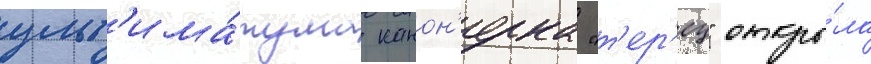
ульт'има́тума канон'ерка "т'ер'ец" откры́ла